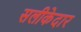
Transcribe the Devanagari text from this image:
सलीकेदार